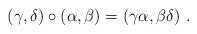
LaTeX: \begin{align*}(\gamma,\delta)\circ(\alpha,\beta)= (\gamma\alpha,\beta\delta)\ .\end{align*}